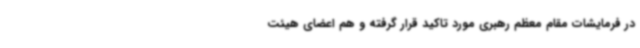
در فرمایشات مقام معظم رهبری مورد تاکید قرار گرفته و هم اعضای هیئت